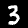
Digit: 3